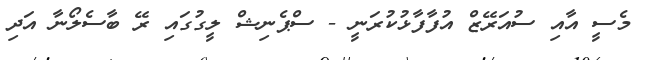
މެސީ އާއި ސުއަރޭޒް އުފާފާޅުކުރަނީ - ސްޕެނިޝް ލީގުގައި ރޭ ބާސެލޯނާ އަދި